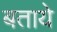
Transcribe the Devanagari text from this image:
बतायेे